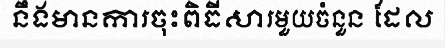
នឹងមានការចុះពិធីសារមួយចំនួន ដែល